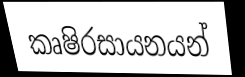
කෘෂිරසායනයන්